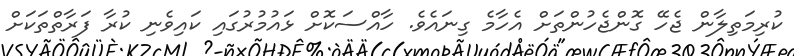
ކުރިމަތިލާން ޖެހޭ ގޮންޖެހުންތަށް އެހާމެ ގިނައެވެ. ހާއްސަކޮށް ޅައުމުރުގައި ކައިވެނި ކުރާ ފަރާތްތަކަށް